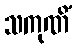
သကုဏိံ